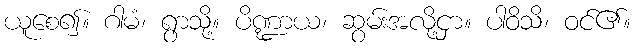
ယူစေ၍။ ဂါမံ၊ ရွာသို့။ ပိဏ္ဍာယ၊ ဆွမ်းအလို့ငှာ။ ပါဝိသိ၊ ဝင်၏။